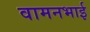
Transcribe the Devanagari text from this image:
वामनभाई